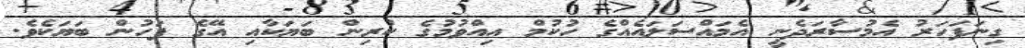
ގިނަފަހަރު އެމުސާރަދެނީ އެމައްސަލައެއްގެ ހުކުމް އިއްވުމުގެ ކުރިން ބަޔަކާއި އޭގެ ފަހުން ބަޔަކެވެ.